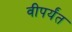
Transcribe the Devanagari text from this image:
वीपर्यंत